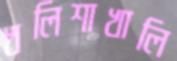
খলিশাখালি